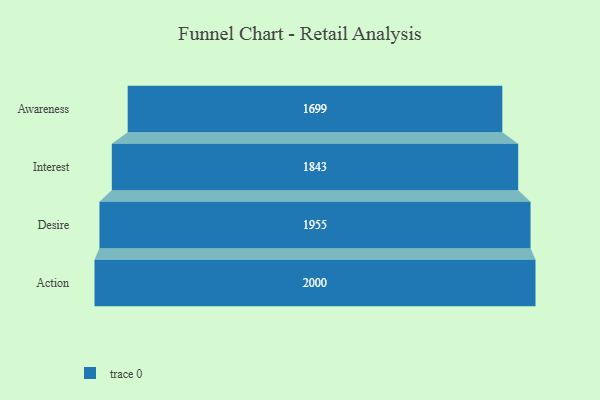
{"axis": {"x": "Stage", "y": "Value"}, "legend": [""], "data": [{"x": "Awareness", "y": 1699.0, "type": ""}, {"x": "Interest", "y": 1843.0, "type": ""}, {"x": "Desire", "y": 1955.0, "type": ""}, {"x": "Action", "y": 2000, "type": ""}]}